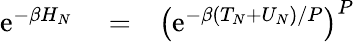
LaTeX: \begin{array}{rlr}{\mathrm{e}^{-\beta H_{N}}}&{{}=}&{\left(\mathrm{e}^{-\beta(T_{N}+U_{N})/P}\right)^{P}}\end{array}